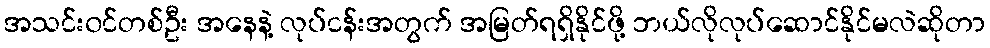
အသင်း၀င်တစ်ဦး အနေနဲ့ လုပ်ငန်းအတွက် အမြတ်ရရှိနိုင်ဖို့ ဘယ်လိုလုပ်ဆောင်နိုင်မလဲဆိုတာ